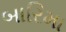
બારિમા